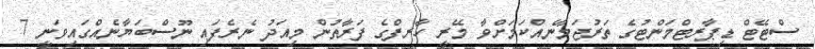
ސްޓޭޓް ޑިޕާރޓްމަންޓުގެ ތަރުޖަމާނެއްކަމަށްވާ މޭރީ ހާރފްގެ ފަރާތުން މިއަދު ނެރެފައި ނޫސްބަޔާނެއްގައިވަނީ 7